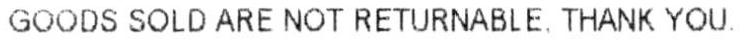
GOODS SOLD ARE NOT RETURNABLE, THANK YOU.